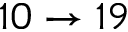
1 0 \to 1 9